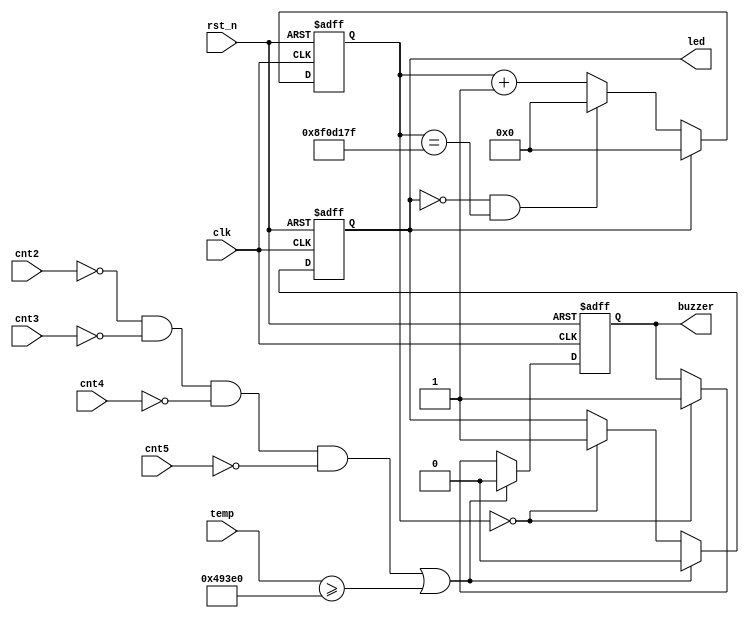
module naozhong(
input 	wire            clk    ,  
input 	wire            rst_n  ,
input 	wire  [23:0]	 temp   ,
input 	wire  [ 3:0]     cnt2     ,  
input 	wire  [ 3:0]     cnt3     ,  
input 	wire  [ 3:0]     cnt4     ,  
input 	wire  [ 3:0]     cnt5     ,
output    reg            led      ,
output    reg            buzzer
);
reg     [30:0]          cnts       ;  

always  @(posedge clk or negedge rst_n)begin
    if(rst_n==1'b0)begin
    led <= 1 ;
    buzzer<=1;
    end
    else if((cnt2==0&&cnt3==0&&cnt4==0&&cnt5==0)||(temp>=300000)) begin //分钟计数和秒计时都为零时蜂鸣
    led <=0;
    buzzer<=0; 
	 end
	else if(cnts==0)begin 
	led <= 1 ;
    buzzer<=1;
    end
end

always @(posedge clk or negedge rst_n) begin   
    if (rst_n==0) begin  
        cnts <= 0;   
    end  
    else if(add_cnts) begin  
        if(end_cnts)  
            cnts <= 0;   
        else  
            cnts <= cnts+1 ;  
   end  
   else begin  
       cnts <= 0;  
   end  
end  
assign add_cnts = led==0;  
assign end_cnts = add_cnts  && cnts == 15000_0000-1 ;  //蜂鸣三秒

endmodule